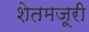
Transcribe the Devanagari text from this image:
शेतमजूरी